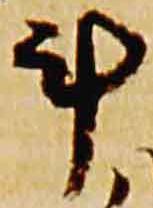
斗